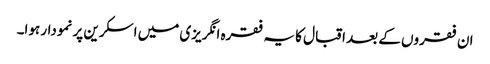
ان فقروں کے بعد اقبال کا یہ فقرہ انگریزی میں اسکرین پر نمودار ہوا۔